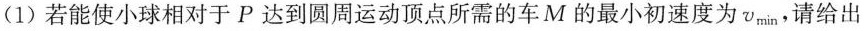
(1)若能使小球相对于P达到圆周运动顶点所需的车M的最小初速度为v_{min}，请给出